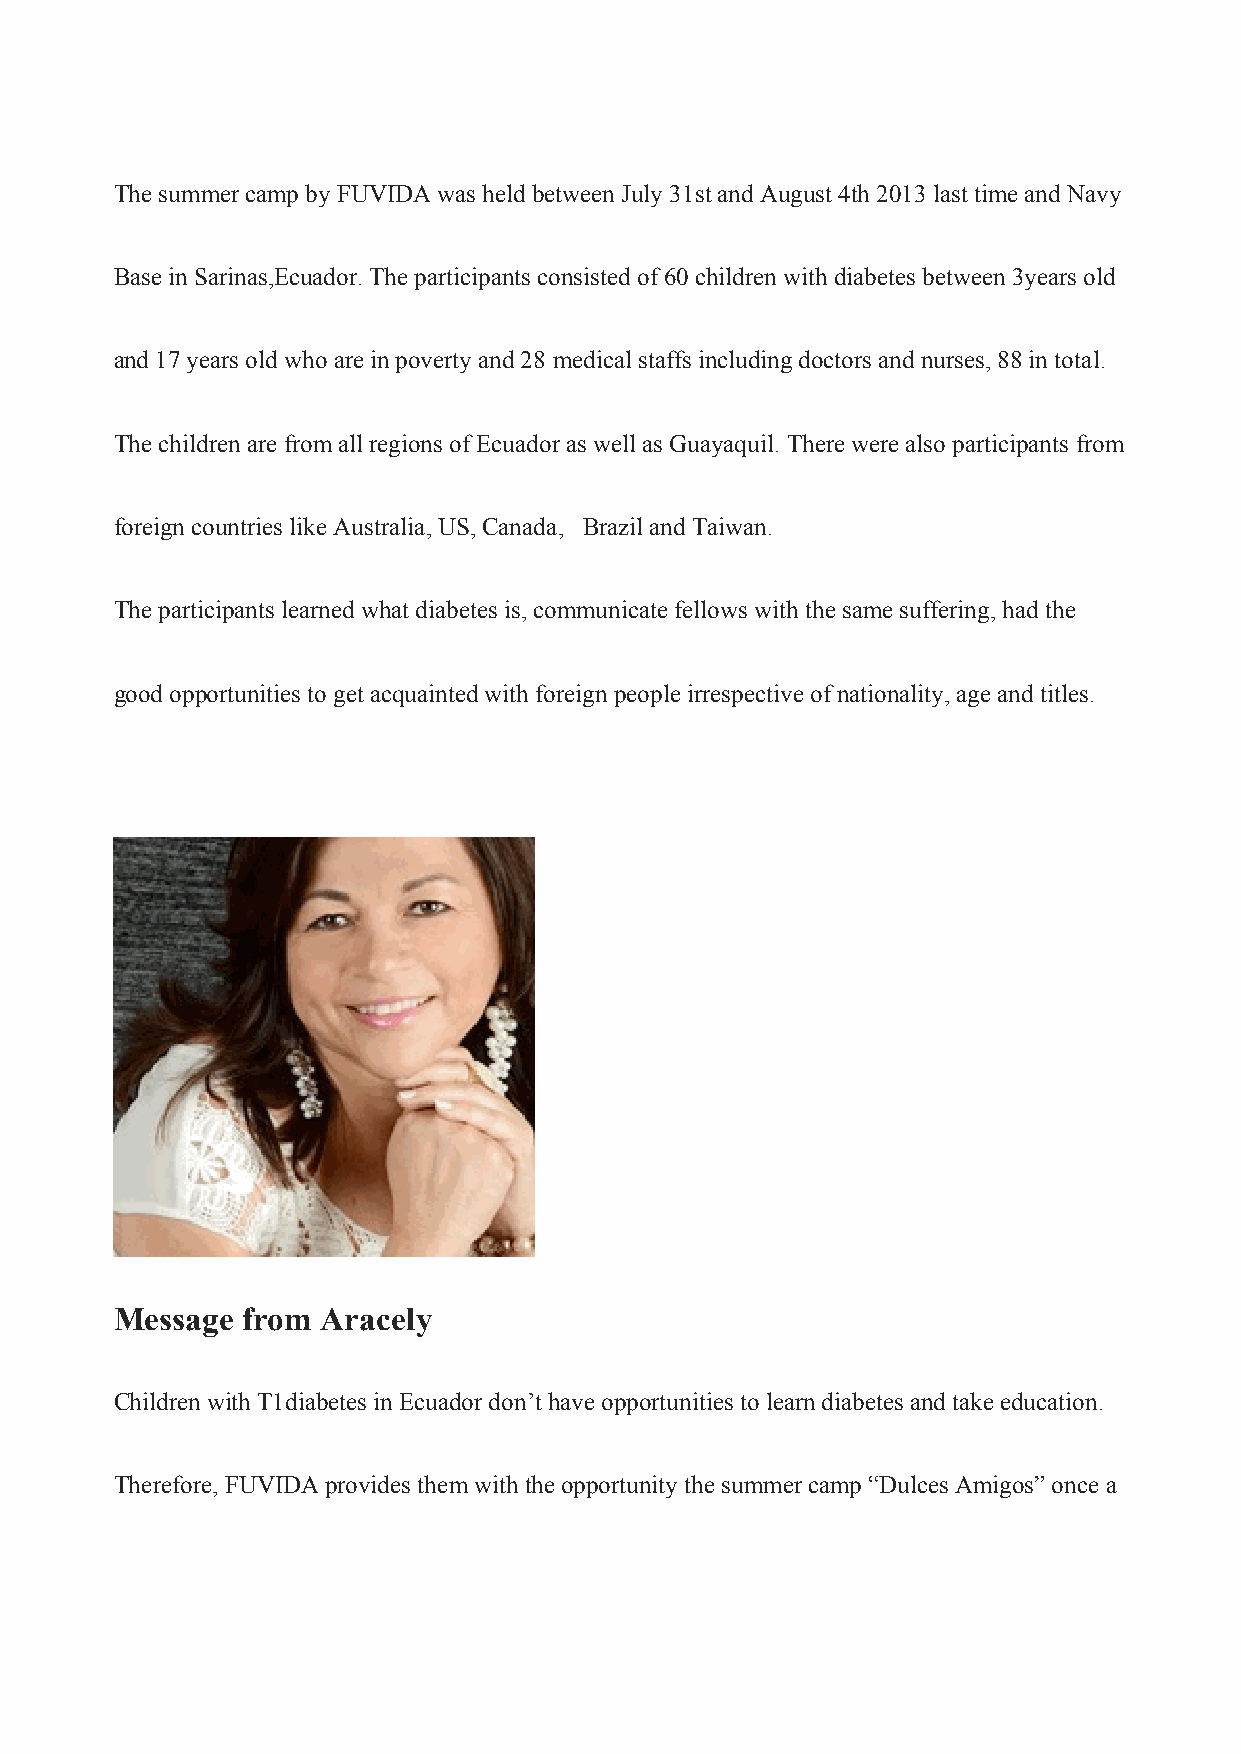
The summer camp by FUVIDA was held between July 31st and August 4th 2013 last time and Navy
 Base in Sarinas,Ecuador. The participants consisted of 60 children with diabetes between 3years old
 and 17 years old who are in poverty and 28 medical staffs including doctors and nurses, 88 in total.
 The children are from all regions of Ecuador as well as Guayaquil. There were also participants from
 foreign countries like Australia, US, Canada, Brazil and Taiwan.
 The participants learned what diabetes is, communicate fellows with the same suffering, had the
 good opportunities to get acquainted with foreign people irrespective of nationality, age and titles.
 Message from Aracely
 Children with T1diabetes in Ecuador don’t have opportunities to learn diabetes and take education.
 Therefore, FUVIDA provides them with the opportunity the summer camp “Dulces Amigos” once a